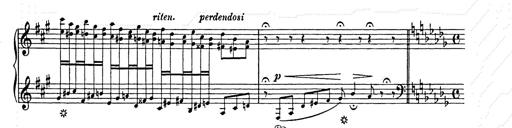
Title: Berceuse
Composer: Lucien Wurmser
Key: A major